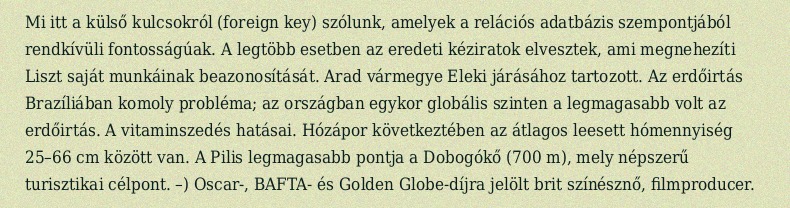
Mi itt a külső kulcsokról (foreign key) szólunk, amelyek a relációs adatbázis szempontjából rendkívüli fontosságúak. A legtöbb esetben az eredeti kéziratok elvesztek, ami megnehezíti Liszt saját munkáinak beazonosítását. Arad vármegye Eleki járásához tartozott. Az erdőirtás Brazíliában komoly probléma; az országban egykor globális szinten a legmagasabb volt az erdőirtás. A vitaminszedés hatásai. Hózápor következtében az átlagos leesett hómennyiség 25–66 cm között van. A Pilis legmagasabb pontja a Dobogókő (700 m), mely népszerű turisztikai célpont​. –) Oscar-, BAFTA- és Golden Globe-díjra jelölt brit színésznő, filmproducer.